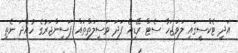
އަދި ޓެކްސީގައި ލަވަޖަހާ ސެޓް ރޭޑިއޯ ފަދަ ވަސީލަތްތައް ފަސިންޖަރުގެ ހުއްދަ ނެތި